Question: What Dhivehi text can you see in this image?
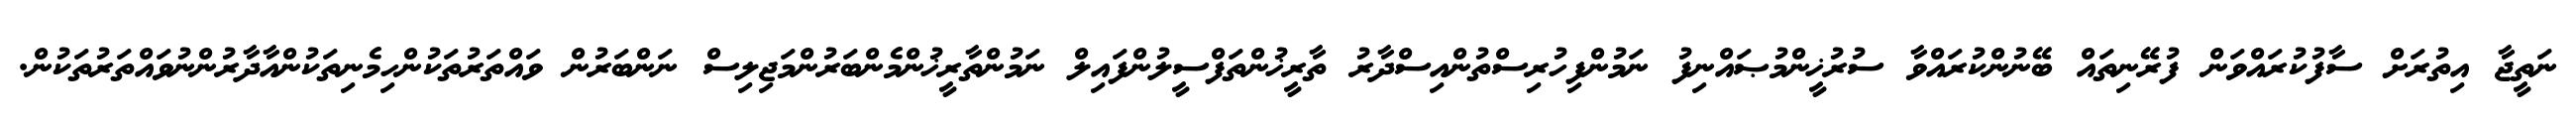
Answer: ނަތީޖާ އިތުރަށް ސާފުކުރައްވަން ފުރޭނިތައް ބޭނުންކުރައްވާ ސުރުޚީންމުޞައްނިފު ނަމުންފިހުރިސްތުންއިސްދާރު ތާރީޚުންތަފްސީލުންފައިލް ނަމުންތާރީޚުންމެންބަރުންމަޖިލިސް ނަންބަރުން ވައްތަރުތަކުންހިމެނިތަކުންއާދާރުންނުވައްތަރުތަކުން.